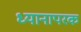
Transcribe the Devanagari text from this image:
ध्यानापरक